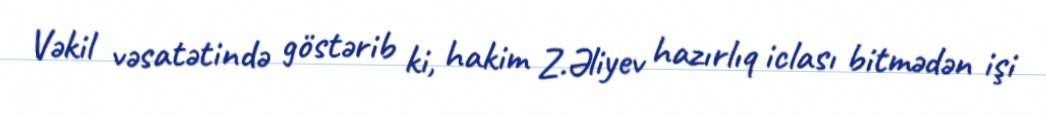
Vəkil vəsatətində göstərib ki, hakim Z.Əliyev hazırlıq iclası bitmədən işi